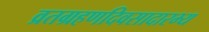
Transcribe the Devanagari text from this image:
व्रतग्रहणदिवसादारभ्य